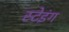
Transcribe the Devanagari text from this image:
स्टेइंग